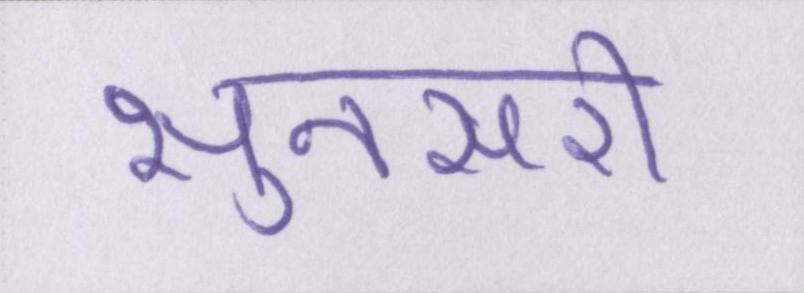
सुनसरी